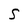
Character: S